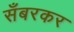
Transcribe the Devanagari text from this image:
सँबरकर